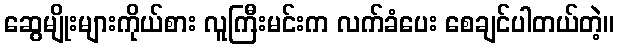
ဆွေမျိုးများကိုယ်စား လူကြီးမင်းက လက်ခံပေး စေချင်ပါတယ်တဲ့။